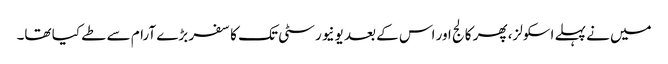
میں نے پہلے اسکولز، پھر کالج اور اس کے بعد یونیورسٹی تک کا سفر بڑے آرام سے طے کیا تھا۔